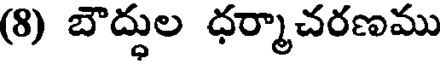
(8) బౌద్ధుల ధర్మాచరణము